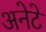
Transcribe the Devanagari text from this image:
अनेटे